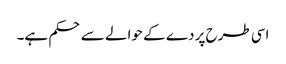
اسی طرح پردے کے حوالے سے حکم ہے۔